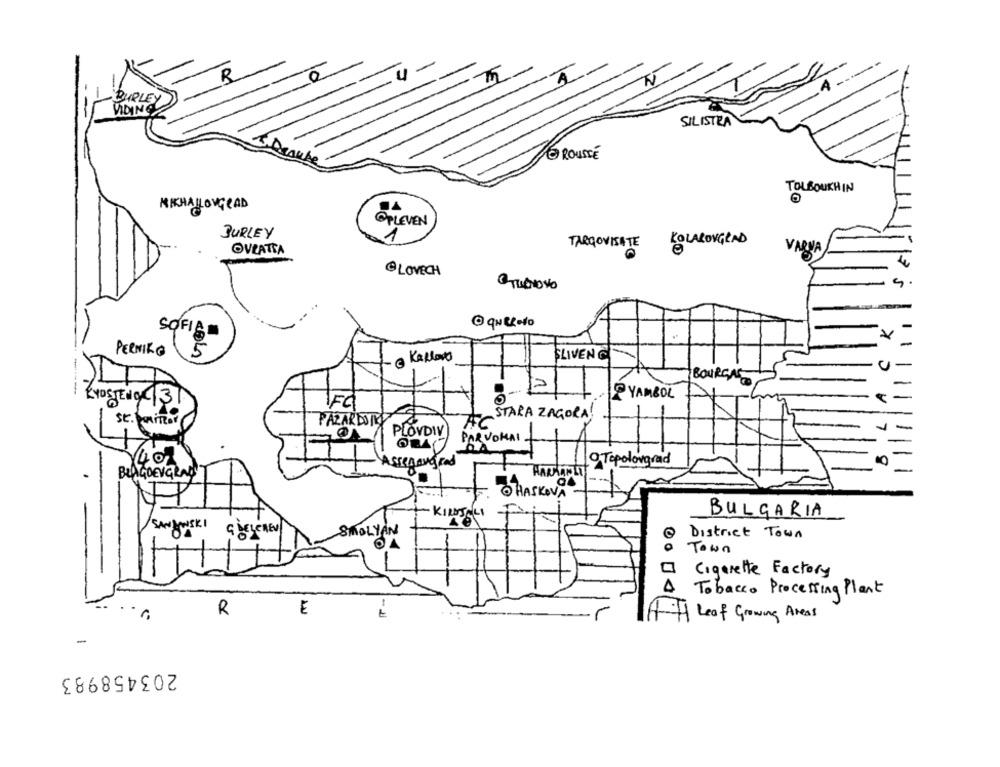
BURLEY
VIDING
SILISTRA
ROUSSE
TOLBOUKH IN
MICHALOVGRAD
@PLEVEN
BURLEY
TARGOVISITE KOLAROVGRAD
OVEATTA
VARUA
@ LOVECH
SOFIA
PERNIKO
5
· @ KallaNO
SLIVEN C
BOURGAS
@YAMBOL
RYOSTENg /31
SE. Minor
PAZARDIE
A STARA ZAGORA!
PLOVDIV)
ORA- PARVOHAI.
1407
Assenengrad
O Topolovgrad
BLAGOEVGRAD
ORASKOVA
KINDJALI
BULGARIA
/SAN KOWSKI
G DELEREN
SMOLYAN
District Town
Town
Cigarette Factory
A
Tobacco Processing Plant
R
E
AH Leof Growing Areas
-
203458983